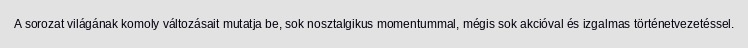
A sorozat világának komoly változásait mutatja be, sok nosztalgikus momentummal, mégis sok akcióval és izgalmas történetvezetéssel.